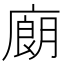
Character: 𰐁